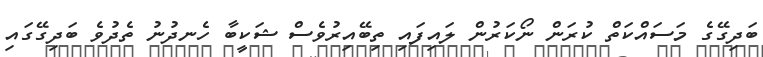
ބަދިގޭގެ މަސައްކަތް ކުރަން ނޯކަރުން ލައިފައި ތިބޭއިރުވެސް ޝަކީބާ ހެނދުނު ތެދުވެ ބަދިގޭގައި